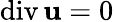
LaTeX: \mathrm{div}\, {\mathbf u}=0